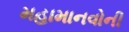
મહામાનવોની